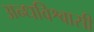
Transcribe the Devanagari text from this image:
अन्धविश्वासी